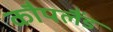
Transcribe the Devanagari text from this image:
कौपलैंड